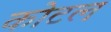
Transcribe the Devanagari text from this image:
कोटल